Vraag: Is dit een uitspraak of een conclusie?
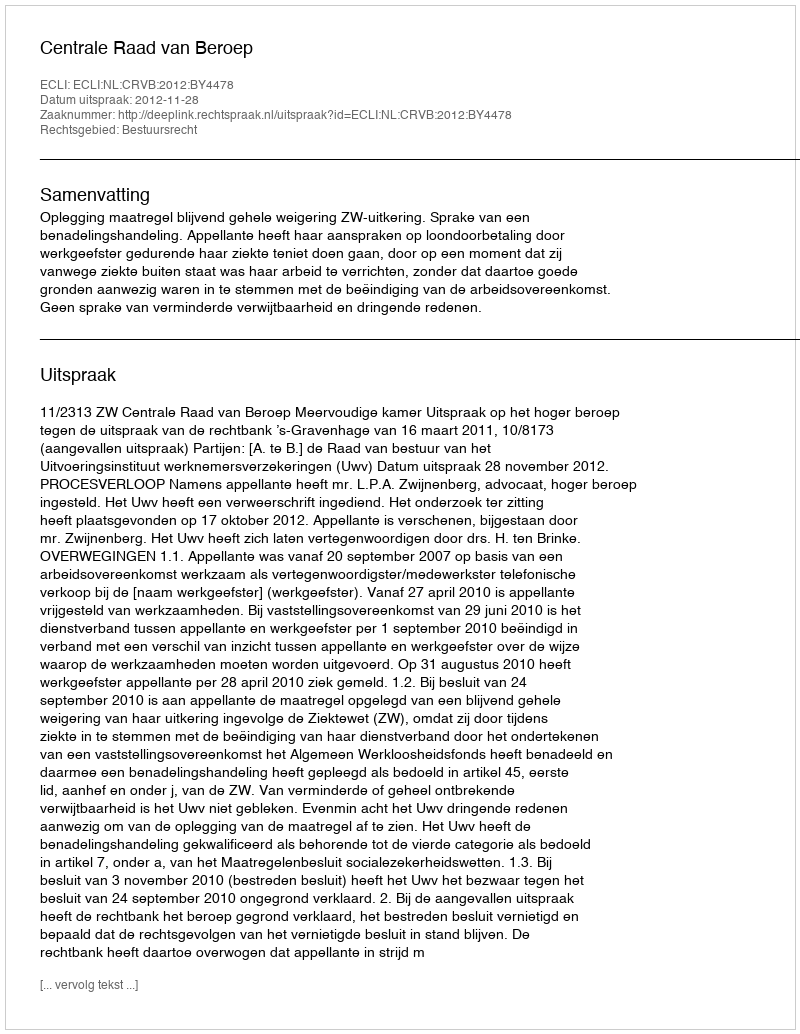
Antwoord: Uitspraak